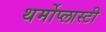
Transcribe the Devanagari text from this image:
थर्मोप्लास्टी